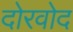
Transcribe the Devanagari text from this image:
दोरवोद